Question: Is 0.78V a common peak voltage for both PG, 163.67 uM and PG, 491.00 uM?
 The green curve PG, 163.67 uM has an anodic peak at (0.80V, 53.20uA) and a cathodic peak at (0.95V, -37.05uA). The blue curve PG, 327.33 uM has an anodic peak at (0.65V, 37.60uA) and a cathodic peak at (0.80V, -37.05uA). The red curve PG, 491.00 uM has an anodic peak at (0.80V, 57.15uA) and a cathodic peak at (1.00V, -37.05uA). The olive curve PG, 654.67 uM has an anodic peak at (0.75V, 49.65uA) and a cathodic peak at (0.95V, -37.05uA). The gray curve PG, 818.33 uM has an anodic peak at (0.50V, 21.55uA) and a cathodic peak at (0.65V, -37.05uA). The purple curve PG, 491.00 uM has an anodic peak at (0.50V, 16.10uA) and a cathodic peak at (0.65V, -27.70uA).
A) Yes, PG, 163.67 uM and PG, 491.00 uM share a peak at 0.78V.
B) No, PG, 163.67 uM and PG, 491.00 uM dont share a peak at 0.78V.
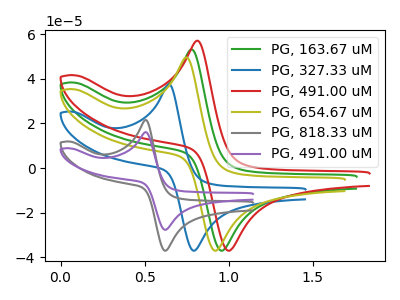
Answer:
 <answer>A) Yes, "PG, 163.67 uM" and "PG, 491.00 uM" share a peak at 0.78V.</answer>
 <eval>A</eval>